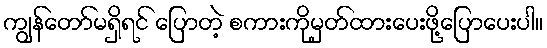
ကျွန်တော်မရှိရင် ပြောတဲ့ စကားကိုမှတ်ထားပေးဖို့ပြောပေးပါ။